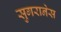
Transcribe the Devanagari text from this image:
सुगरानेस